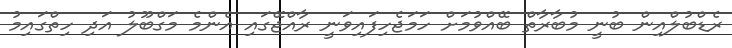
ރެޑްބުލްއިން ބުނީ މުބާރާތް ބޭއްވުމަށް ހަމަޖެހިފައިވަނީ ރާއްޖޭގައި އެންމެ މަގްބޫލު އަދި ހިތްގައިމު